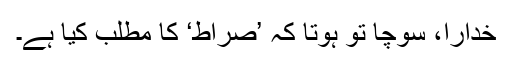
خدارا، سوچا تو ہوتا کہ ’صراط‘ کا مطلب کیا ہے۔